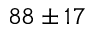
8 8 \pm 1 7